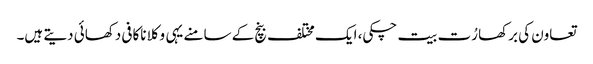
تعاون کی برکھا رُت بیت چکی، ایک مختلف بنچ کے سامنے یہی وکلا ناکافی دکھائی دیتے ہیں۔